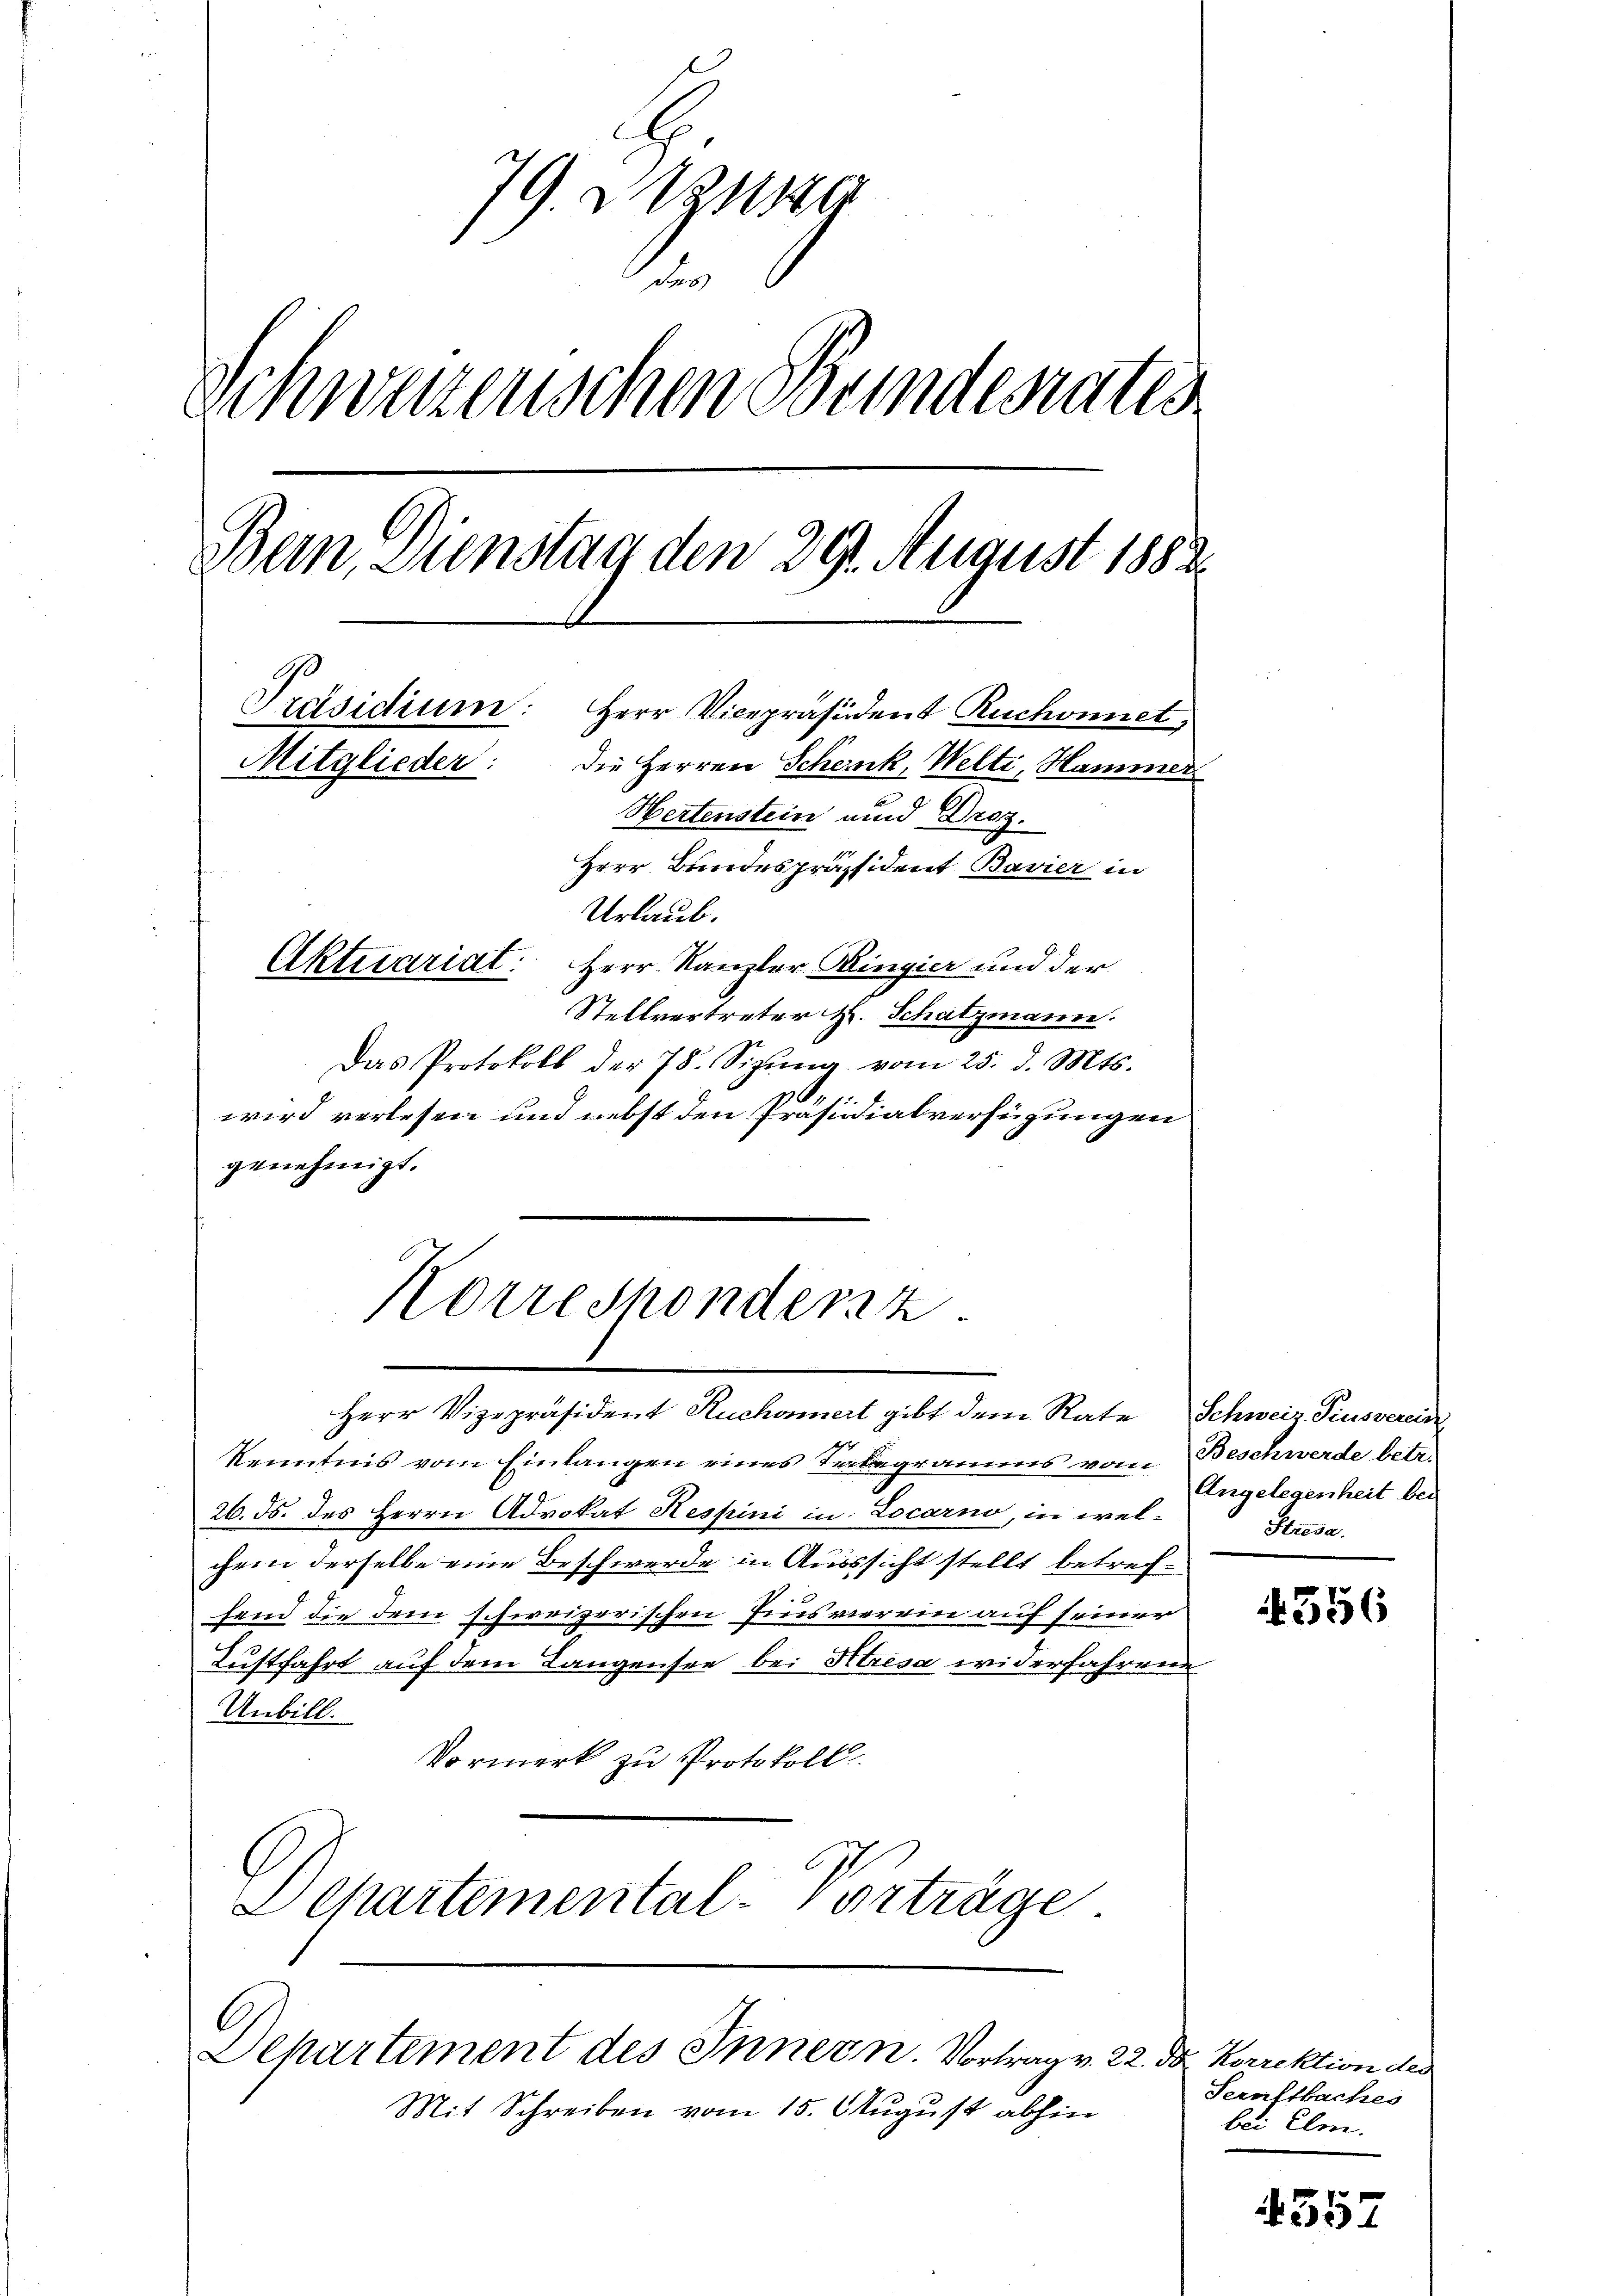
79. Ver
d
Schwarzenschen Bundesrates
Bern, Dienstag den 29. August 1882
Präsidium: Herr Vicepräsident Ruchonnet,
Mitglieder:
die Herren Schenk, Welti, Hammer
Hertenstein und Droz.
Herr Bundespräsident Bavier in
Urlaub.
Aktuariat: Herr Kanzler Kingier und der
Stellvertreter H. Schatzmann.

Das Protokoll der 78. Sizŭng vom 25. d. Mts.
wird verlesen und nebst den Präsidialverfügungen
genehmigt.

Korreshondersz

Herr Vizepräsident Ruchonnert gibt dem Rate Schweiz Piusverein
Kenntnis vom Einlangen eines Telegramms vom Beschwerde betr.
26. Js. des Herrn Advokat Hespini in Locarno, in wel-
chem derselbe eine Beschwerde in Aussicht stellt betreffend die dem schweizerischen Pris vierein auf seiner
.
Kustfahrt auf dem Langensee bei Kresa widerfahrene
Unbill.
Vormerk zu Protokoll
Departemental-Vorträge

Departement des Innern. Vortrag v. 22. d. Korrektion des

Mit Schreiben vom 15. August abhin

Angelegenheit bei
Stresa.

4356

Seraftbaches
bei Elm.

1 f 0 x
2234